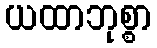
ယထာဘုစ္စာ